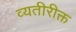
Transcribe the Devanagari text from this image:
व्यतीरीक्त